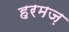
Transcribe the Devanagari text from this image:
हरमज़